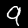
Label: 9